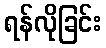
ရန်လိုခြင်း